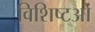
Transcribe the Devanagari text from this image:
विशिष्टओं